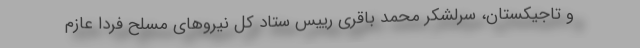
و تاجیکستان، سرلشکر محمد باقری رییس ستاد کل نیروهای مسلح فردا عازم